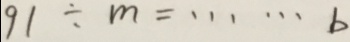
9 1 \div m = \cdots b